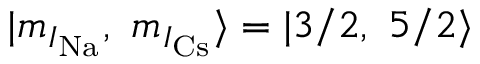
| m _ { I _ { \mathrm { N a } } } , \ m _ { I _ { \mathrm { C s } } } \rangle = | 3 / 2 , \ 5 / 2 \rangle